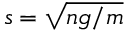
s = { \sqrt { n g / m } }